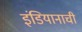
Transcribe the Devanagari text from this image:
इंडियानाची